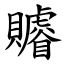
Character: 䞊